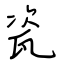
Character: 瓷